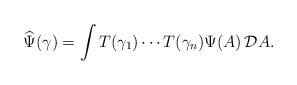
LaTeX: \begin{align*}\widehat\Psi(\gamma) = \int T(\gamma_1) \cdots T(\gamma_n)\Psi(A)\,{\cal D}A .\end{align*}